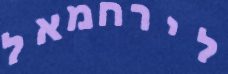
לירחמאל